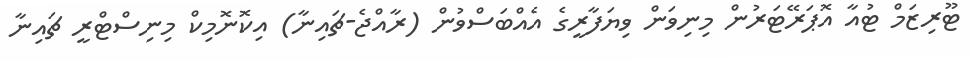
ޓޫރިޒަމް ޓުއާ އޮޕަރޭޓަރުން މިނިވަން ވިޔަފާރީގެ އެއްބަސްވުން (ރާއްޖެ-ޗައިނާ) އިކޮނޮމިކް މިނިސްޓްރީ ޗައިނާ